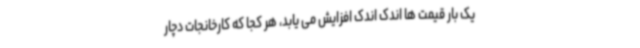
یک بار قیمت ها اندک اندک افزایش می یابد، هر کجا که کارخانجات دچار